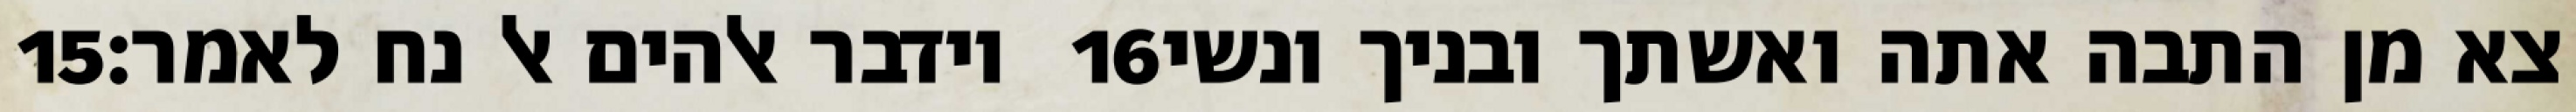
‎15‏ וידבר אלהים אל נח לאמר׃ ‎16‏ צא מן התבה אתה ואשתך ובניך ונשי